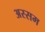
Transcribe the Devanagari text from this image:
अस्सम